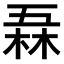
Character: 𠄻